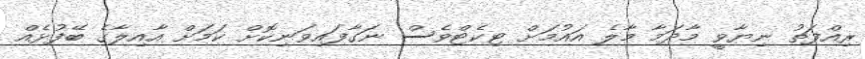
ރިއްފަތު ނިޔާވީ މާދަމާ މާލެ އައުމަށް ޓިކެޓްވެސް ނަގާފައިވަނިކޮށް ކަމަށް އާއިލާގެ ބޭފުޅެއް